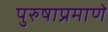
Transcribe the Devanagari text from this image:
पुरुषाप्रमाणे